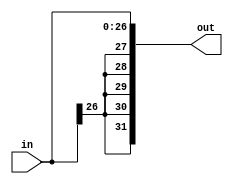
module sx_27(out,in);
	output[31:0] out;
	input[26:0] in;
	
	genvar c;
	generate
		for (c = 31; c >= 27; c = c - 1) begin: loop1
			 assign out[c] = in[26];
		end
	endgenerate
	
	generate
		for (c = 26; c >= 0; c = c - 1) begin: loop2
			 assign out[c] = in[c];
		end
	endgenerate
	
endmodule